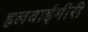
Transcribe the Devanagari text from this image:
हलवाईगीरी